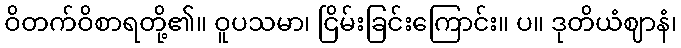
ဝိတက်ဝိစာရတို့၏။ ဝူပသမာ၊ ငြိမ်းခြင်းကြောင်း။ ပ။ ဒုတိယံဈာနံ၊